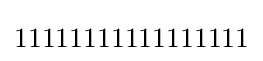
11111111111111111